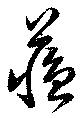
蘇